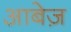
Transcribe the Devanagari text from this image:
आबेज़